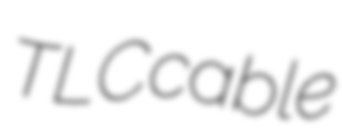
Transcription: TLC cable